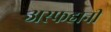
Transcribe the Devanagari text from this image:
अस्फहानी